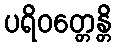
ပရိဝတ္တေန္တိ